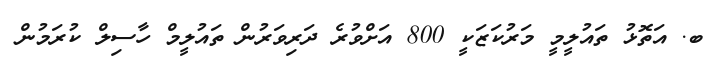
ބ. އަތޮޅު ތައުލީމީ މަރުކަޒަކީ 800 އަށްވުރެ ދަރިވަރުން ތައުލީމް ހާސިލް ކުރަމުން